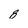
Character: 8